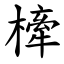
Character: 㯠